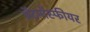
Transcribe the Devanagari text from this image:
ॲटमॉस्फीयर